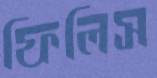
ফিলিস